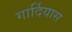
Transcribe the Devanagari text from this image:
गार्दियास